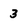
Character: 3